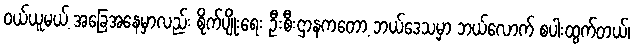
ဝယ်ယူမယ့် အခြေအနေမှာလည်း စိုက်ပျိုးရေး ဦးစီးဌာနကတော့ ဘယ်ဒေသမှာ ဘယ်လောက် စပါးထွက်တယ်၊